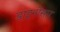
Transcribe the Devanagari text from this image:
डाइनोसार